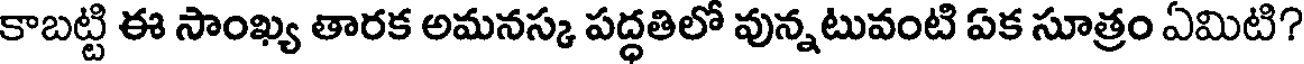
కాబట్టి ఈ సాంఖ్య తారక అమనస్క పద్ధతిలో వున్నటువంటి ఏక సూత్రం ఏమిటి?